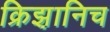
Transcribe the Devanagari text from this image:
क्रिझ़ानिच